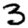
Digit: 3